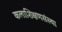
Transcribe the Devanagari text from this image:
कलाशिक्षणसंस्था